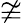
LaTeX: \ncong